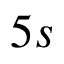
5 s